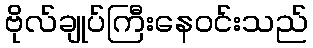
ဗိုလ်ချုပ်ကြီးနေဝင်းသည်